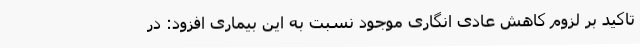
تاکید بر لزوم کاهش عادی انگاری موجود نسبت به این بیماری افزود: در